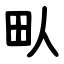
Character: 㽗